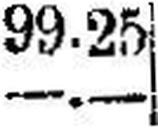
—.—